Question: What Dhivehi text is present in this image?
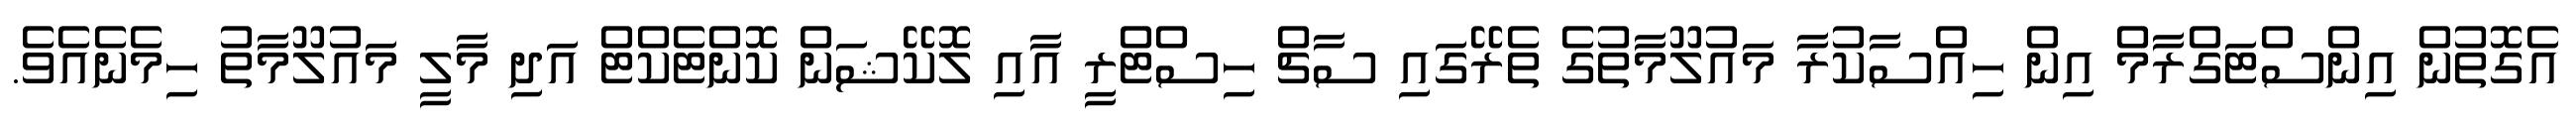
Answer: އެގޮތުން އިންސްޓަގްރާމް އިން ހިއްސާކުރާ މައުލޫމާތުގެ ތެރޭގައި ސާޗް ހިސްޓްރީ އާއި ލޮކޭޝަން ކޮންޓެކްޓް އަދި މާލީ މައުލޫމާތު ހިމެނެއެވެ.